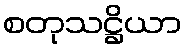
စတုသဋ္ဌိယာ